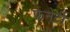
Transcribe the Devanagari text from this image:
फेनेर्टी